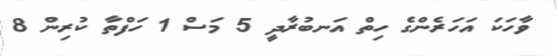
ވާހަކަ އަހަރެންގެ ހިތް އަނބުރާދީ 5 މަސް 1 ހަފްތާ ކުރިން 8